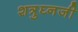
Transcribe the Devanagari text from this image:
शत्रुघ्नजी